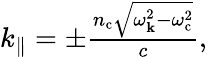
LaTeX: \begin{array}{r}{k_{\parallel}=\pm\frac{n_{\mathrm{c}}\sqrt{\omega_{\mathbf k}^{2}-\omega_{\mathrm{c}}^{2}}}{c},}\end{array}